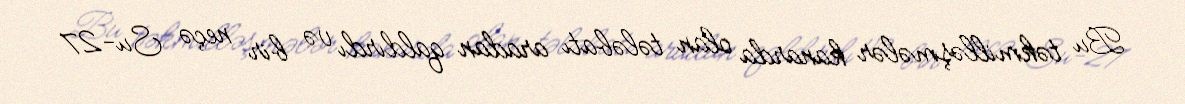
Bu təkmilləşmələr kanarda olan tələbatı aradan qaldırdı və bir neçə Su-27